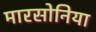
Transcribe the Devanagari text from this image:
मारसोनिया